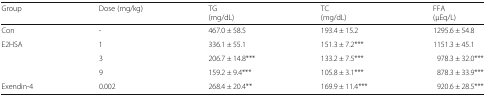
<table><thead><tr><td><b>Group</b></td><td><b>Dose (mg/kg)</b></td><td><b>TG(mg/dL)</b></td><td><b>TC(mg/dL)</b></td><td><b>FFA(μEq/L)</b></td></tr></thead><tbody><tr><td>Con</td><td>-</td><td>467.0 ± 58.5</td><td>193.4 ± 15.2</td><td>1295.6 ± 54.8</td></tr><tr><td rowspan="3">E2HSA</td><td>1</td><td>336.1 ± 55.1</td><td>151.3 ± 7.2***</td><td>1151.3 ± 45.1</td></tr><tr><td>3</td><td>206.7 ± 14.8***</td><td>133.2 ± 7.5***</td><td>978.3 ± 32.0***</td></tr><tr><td>9</td><td>159.2 ± 9.4***</td><td>105.8 ± 3.1***</td><td>878.3 ± 33.9***</td></tr><tr><td>Exendin-4</td><td>0.002</td><td>268.4 ± 20.4**</td><td>169.9 ± 11.4***</td><td>920.6 ± 28.5***</td></tr></tbody></table>